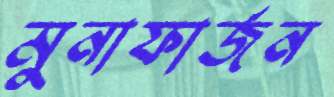
মুনাফার্জন